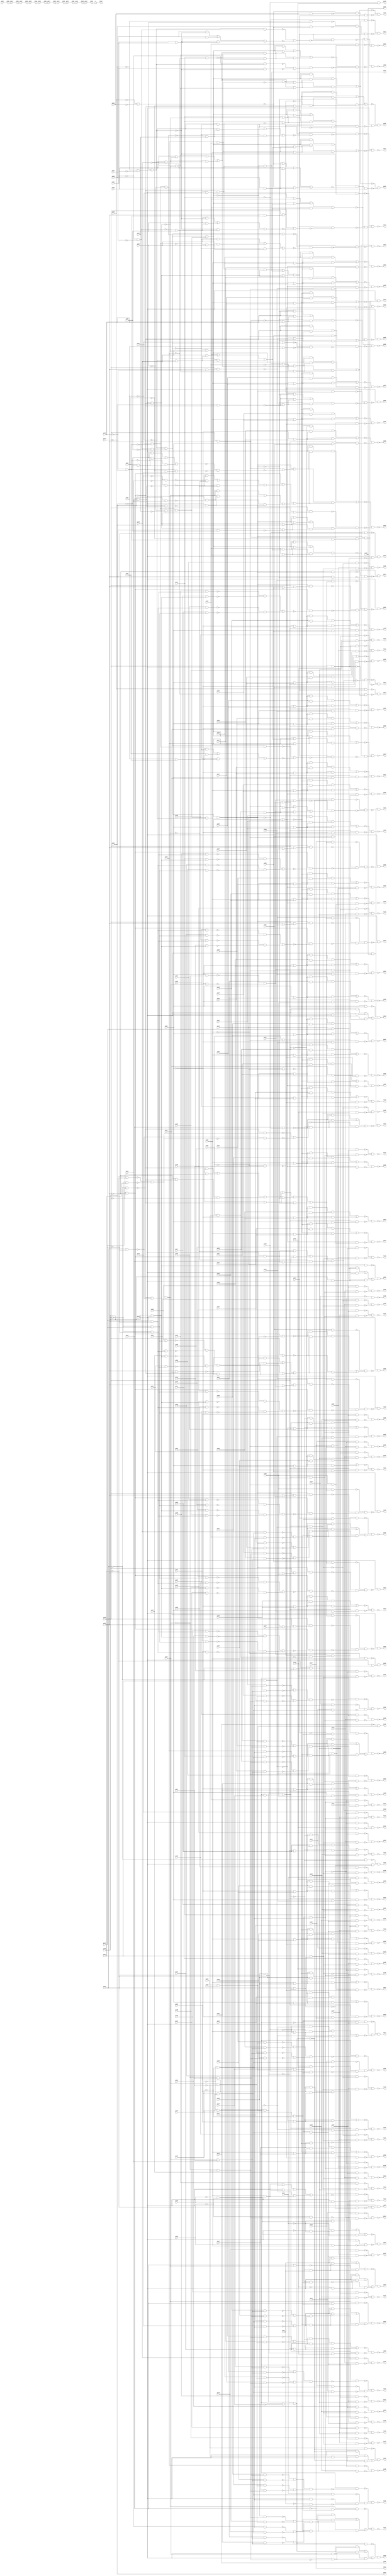
//Written by the Majority Logic Package Thu Apr 30 13:27:53 2015
module top (
            pi000, pi001, pi002, pi003, pi004, pi005, pi006, pi007, pi008, pi009, pi010, pi011, pi012, pi013, pi014, pi015, pi016, pi017, pi018, pi019, pi020, pi021, pi022, pi023, pi024, pi025, pi026, pi027, pi028, pi029, pi030, pi031, pi032, pi033, pi034, pi035, pi036, pi037, pi038, pi039, pi040, pi041, pi042, pi043, pi044, pi045, pi046, pi047, pi048, pi049, pi050, pi051, pi052, pi053, pi054, pi055, pi056, pi057, pi058, pi059, pi060, pi061, pi062, pi063, pi064, pi065, pi066, pi067, pi068, pi069, pi070, pi071, pi072, pi073, pi074, pi075, pi076, pi077, pi078, pi079, pi080, pi081, pi082, pi083, pi084, pi085, pi086, pi087, pi088, pi089, pi090, pi091, pi092, pi093, pi094, pi095, pi096, pi097, pi098, pi099, pi100, pi101, pi102, pi103, pi104, pi105, pi106, pi107, pi108, pi109, pi110, pi111, pi112, pi113, pi114, pi115, pi116, pi117, pi118, pi119, pi120, pi121, pi122, pi123, pi124, pi125, pi126, pi127, pi128, pi129, pi130, pi131, pi132, pi133, pi134, pi135, pi136, pi137, pi138, pi139, pi140, pi141, pi142, pi143, pi144, pi145, pi146, pi147, 
            po000, po001, po002, po003, po004, po005, po006, po007, po008, po009, po010, po011, po012, po013, po014, po015, po016, po017, po018, po019, po020, po021, po022, po023, po024, po025, po026, po027, po028, po029, po030, po031, po032, po033, po034, po035, po036, po037, po038, po039, po040, po041, po042, po043, po044, po045, po046, po047, po048, po049, po050, po051, po052, po053, po054, po055, po056, po057, po058, po059, po060, po061, po062, po063, po064, po065, po066, po067, po068, po069, po070, po071, po072, po073, po074, po075, po076, po077, po078, po079, po080, po081, po082, po083, po084, po085, po086, po087, po088, po089, po090, po091, po092, po093, po094, po095, po096, po097, po098, po099, po100, po101, po102, po103, po104, po105, po106, po107, po108, po109, po110, po111, po112, po113, po114, po115, po116, po117, po118, po119, po120, po121, po122, po123, po124, po125, po126, po127, po128, po129, po130, po131, po132, po133, po134, po135, po136, po137, po138, po139, po140, po141, po142, po143, po144, po145, po146);
input pi000, pi001, pi002, pi003, pi004, pi005, pi006, pi007, pi008, pi009, pi010, pi011, pi012, pi013, pi014, pi015, pi016, pi017, pi018, pi019, pi020, pi021, pi022, pi023, pi024, pi025, pi026, pi027, pi028, pi029, pi030, pi031, pi032, pi033, pi034, pi035, pi036, pi037, pi038, pi039, pi040, pi041, pi042, pi043, pi044, pi045, pi046, pi047, pi048, pi049, pi050, pi051, pi052, pi053, pi054, pi055, pi056, pi057, pi058, pi059, pi060, pi061, pi062, pi063, pi064, pi065, pi066, pi067, pi068, pi069, pi070, pi071, pi072, pi073, pi074, pi075, pi076, pi077, pi078, pi079, pi080, pi081, pi082, pi083, pi084, pi085, pi086, pi087, pi088, pi089, pi090, pi091, pi092, pi093, pi094, pi095, pi096, pi097, pi098, pi099, pi100, pi101, pi102, pi103, pi104, pi105, pi106, pi107, pi108, pi109, pi110, pi111, pi112, pi113, pi114, pi115, pi116, pi117, pi118, pi119, pi120, pi121, pi122, pi123, pi124, pi125, pi126, pi127, pi128, pi129, pi130, pi131, pi132, pi133, pi134, pi135, pi136, pi137, pi138, pi139, pi140, pi141, pi142, pi143, pi144, pi145, pi146, pi147;
output po000, po001, po002, po003, po004, po005, po006, po007, po008, po009, po010, po011, po012, po013, po014, po015, po016, po017, po018, po019, po020, po021, po022, po023, po024, po025, po026, po027, po028, po029, po030, po031, po032, po033, po034, po035, po036, po037, po038, po039, po040, po041, po042, po043, po044, po045, po046, po047, po048, po049, po050, po051, po052, po053, po054, po055, po056, po057, po058, po059, po060, po061, po062, po063, po064, po065, po066, po067, po068, po069, po070, po071, po072, po073, po074, po075, po076, po077, po078, po079, po080, po081, po082, po083, po084, po085, po086, po087, po088, po089, po090, po091, po092, po093, po094, po095, po096, po097, po098, po099, po100, po101, po102, po103, po104, po105, po106, po107, po108, po109, po110, po111, po112, po113, po114, po115, po116, po117, po118, po119, po120, po121, po122, po123, po124, po125, po126, po127, po128, po129, po130, po131, po132, po133, po134, po135, po136, po137, po138, po139, po140, po141, po142, po143, po144, po145, po146;
wire one, w0, w1, w2, w3, w4, w5, w6, w7, w8, w9, w10, w11, w12, w13, w14, w15, w16, w17, w18, w19, w20, w21, w22, w23, w24, w25, w26, w27, w28, w29, w30, w31, w32, w33, w34, w35, w36, w37, w38, w39, w40, w41, w42, w43, w44, w45, w46, w47, w48, w49, w50, w51, w52, w53, w54, w55, w56, w57, w58, w59, w60, w61, w62, w63, w64, w65, w66, w67, w68, w69, w70, w71, w72, w73, w74, w75, w76, w77, w78, w79, w80, w81, w82, w83, w84, w85, w86, w87, w88, w89, w90, w91, w92, w93, w94, w95, w96, w97, w98, w99, w100, w101, w102, w103, w104, w105, w106, w107, w108, w109, w110, w111, w112, w113, w114, w115, w116, w117, w118, w119, w120, w121, w122, w123, w124, w125, w126, w127, w128, w129, w130, w131, w132, w133, w134, w135, w136, w137, w138, w139, w140, w141, w142, w143, w144, w145, w146, w147, w148, w149, w150, w151, w152, w153, w154, w155, w156, w157, w158, w159, w160, w161, w162, w163, w164, w165, w166, w167, w168, w169, w170, w171, w172, w173, w174, w175, w176, w177, w178, w179, w180, w181, w182, w183, w184, w185, w186, w187, w188, w189, w190, w191, w192, w193, w194, w195, w196, w197, w198, w199, w200, w201, w202, w203, w204, w205, w206, w207, w208, w209, w210, w211, w212, w213, w214, w215, w216, w217, w218, w219, w220, w221, w222, w223, w224, w225, w226, w227, w228, w229, w230, w231, w232, w233, w234, w235, w236, w237, w238, w239, w240, w241, w242, w243, w244, w245, w246, w247, w248, w249, w250, w251, w252, w253, w254, w255, w256, w257, w258, w259, w260, w261, w262, w263, w264, w265, w266, w267, w268, w269, w270, w271, w272, w273, w274, w275, w276, w277, w278, w279, w280, w281, w282, w283, w284, w285, w286, w287, w288, w289, w290, w291, w292, w293, w294, w295, w296, w297, w298, w299, w300, w301, w302, w303, w304, w305, w306, w307, w308, w309, w310, w311, w312, w313, w314, w315, w316, w317, w318, w319, w320, w321, w322, w323, w324, w325, w326, w327, w328, w329, w330, w331, w332, w333, w334, w335, w336, w337, w338, w339, w340, w341, w342, w343, w344, w345, w346, w347, w348, w349, w350, w351, w352, w353, w354, w355, w356, w357, w358, w359, w360, w361, w362, w363, w364, w365, w366, w367, w368, w369, w370, w371, w372, w373, w374, w375, w376, w377, w378, w379, w380, w381, w382, w383, w384, w385, w386, w387, w388, w389, w390, w391, w392, w393, w394, w395, w396, w397, w398, w399, w400, w401, w402, w403, w404, w405, w406, w407, w408, w409, w410, w411, w412, w413, w414, w415, w416, w417, w418, w419, w420, w421, w422, w423, w424, w425, w426, w427, w428, w429, w430, w431, w432, w433, w434, w435, w436, w437, w438, w439, w440, w441, w442, w443, w444, w445, w446, w447, w448, w449, w450, w451, w452, w453, w454, w455, w456, w457, w458, w459, w460, w461, w462, w463, w464, w465, w466, w467, w468, w469, w470, w471, w472, w473, w474, w475, w476, w477, w478, w479, w480, w481, w482, w483, w484, w485, w486, w487, w488, w489, w490, w491, w492, w493, w494, w495, w496, w497, w498, w499, w500, w501, w502, w503, w504, w505, w506, w507, w508, w509, w510, w511, w512, w513, w514, w515, w516, w517, w518, w519, w520, w521, w522, w523, w524, w525, w526, w527, w528, w529, w530, w531, w532, w533, w534, w535, w536, w537, w538, w539, w540, w541, w542, w543, w544, w545, w546, w547, w548, w549, w550, w551, w552, w553, w554, w555, w556, w557, w558, w559, w560, w561, w562, w563, w564, w565, w566, w567, w568, w569, w570, w571, w572, w573, w574, w575, w576, w577, w578, w579, w580, w581, w582, w583, w584, w585, w586, w587, w588, w589, w590, w591, w592, w593, w594, w595, w596, w597, w598, w599, w600, w601, w602, w603, w604, w605, w606, w607, w608, w609, w610, w611, w612, w613, w614, w615, w616, w617, w618, w619, w620, w621, w622, w623, w624, w625, w626, w627, w628, w629, w630, w631, w632, w633, w634, w635, w636, w637, w638, w639, w640, w641, w642, w643, w644, w645, w646, w647, w648, w649, w650, w651, w652, w653, w654, w655, w656, w657, w658, w659, w660, w661, w662, w663, w664, w665, w666, w667, w668, w669, w670, w671, w672, w673, w674, w675, w676, w677, w678, w679, w680, w681, w682, w683, w684, w685, w686, w687, w688, w689, w690, w691, w692, w693, w694, w695, w696, w697, w698, w699, w700, w701, w702, w703, w704, w705, w706, w707, w708, w709, w710, w711, w712, w713, w714, w715, w716, w717, w718, w719, w720, w721, w722, w723, w724, w725, w726, w727, w728, w729, w730, w731, w732, w733, w734, w735, w736, w737, w738, w739, w740, w741, w742, w743, w744, w745, w746, w747, w748, w749, w750, w751, w752, w753, w754, w755, w756, w757, w758, w759, w760, w761, w762, w763, w764, w765, w766, w767, w768, w769, w770, w771, w772, w773, w774, w775, w776, w777, w778, w779, w780, w781, w782, w783, w784, w785, w786, w787, w788, w789, w790, w791, w792, w793, w794, w795, w796, w797, w798, w799, w800, w801, w802, w803, w804, w805, w806, w807, w808, w809, w810, w811, w812, w813, w814, w815, w816, w817, w818, w819, w820, w821, w822, w823, w824, w825, w826, w827, w828, w829, w830, w831, w832, w833, w834, w835, w836;
assign w0 = ~pi000 & ~pi002;
assign w1 = (pi128 & ~w0) | (pi128 & w745) | (~w0 & w745);
assign w2 = pi120 & ~w1;
assign w3 = ~pi002 & ~pi063;
assign w4 = pi128 & ~w3;
assign w5 = ~w3 & w746;
assign w6 = ~w2 & ~w5;
assign w7 = pi128 & pi133;
assign w8 = ~pi138 & pi139;
assign w9 = pi134 & pi135;
assign w10 = pi130 & w9;
assign w11 = w10 & w722;
assign w12 = pi001 & ~w11;
assign w13 = pi004 & ~pi075;
assign w14 = ~pi004 & pi075;
assign w15 = ~w13 & ~w14;
assign w16 = ~pi005 & pi077;
assign w17 = w15 & ~w16;
assign w18 = pi005 & ~pi077;
assign w19 = (~pi063 & w15) | (~pi063 & w747) | (w15 & w747);
assign w20 = ~w17 & w19;
assign w21 = ~w12 & ~w20;
assign w22 = w7 & ~w21;
assign w23 = (~pi119 & w0) | (~pi119 & w748) | (w0 & w748);
assign w24 = pi002 & pi063;
assign w25 = w4 & ~w24;
assign w26 = ~w23 & ~w25;
assign w27 = pi136 & w9;
assign w28 = pi138 & ~pi139;
assign w29 = w27 & w28;
assign w30 = w27 & w749;
assign w31 = (~pi003 & ~w0) | (~pi003 & w750) | (~w0 & w750);
assign w32 = pi128 & ~w31;
assign w33 = ~w30 & w32;
assign w34 = pi005 & ~pi063;
assign w35 = pi004 & w34;
assign w36 = (pi128 & w34) | (pi128 & w751) | (w34 & w751);
assign w37 = ~w35 & w36;
assign w38 = ~pi005 & pi063;
assign w39 = pi128 & ~w34;
assign w40 = ~w38 & w39;
assign w41 = (pi006 & ~w34) | (pi006 & w752) | (~w34 & w752);
assign w42 = w34 & w753;
assign w43 = ~w41 & ~w42;
assign w44 = (pi007 & ~w34) | (pi007 & w754) | (~w34 & w754);
assign w45 = w34 & w755;
assign w46 = ~w44 & ~w45;
assign w47 = (pi008 & ~w34) | (pi008 & w756) | (~w34 & w756);
assign w48 = w34 & w757;
assign w49 = ~w47 & ~w48;
assign w50 = (pi009 & ~w34) | (pi009 & w758) | (~w34 & w758);
assign w51 = w34 & w759;
assign w52 = ~w50 & ~w51;
assign w53 = (pi010 & ~w34) | (pi010 & w760) | (~w34 & w760);
assign w54 = w34 & w761;
assign w55 = ~w53 & ~w54;
assign w56 = pi004 & ~pi005;
assign w57 = (pi011 & ~w56) | (pi011 & w762) | (~w56 & w762);
assign w58 = pi050 & ~pi063;
assign w59 = w56 & w58;
assign w60 = ~w57 & ~w59;
assign w61 = (pi012 & ~w56) | (pi012 & w763) | (~w56 & w763);
assign w62 = pi051 & ~pi063;
assign w63 = w56 & w62;
assign w64 = ~w61 & ~w63;
assign w65 = (pi013 & ~w56) | (pi013 & w764) | (~w56 & w764);
assign w66 = pi045 & ~pi063;
assign w67 = w56 & w66;
assign w68 = ~w65 & ~w67;
assign w69 = (pi014 & ~w56) | (pi014 & w765) | (~w56 & w765);
assign w70 = pi046 & ~pi063;
assign w71 = w56 & w70;
assign w72 = ~w69 & ~w71;
assign w73 = (pi015 & ~w56) | (pi015 & w766) | (~w56 & w766);
assign w74 = pi047 & ~pi063;
assign w75 = w56 & w74;
assign w76 = ~w73 & ~w75;
assign w77 = (pi016 & ~w56) | (pi016 & w767) | (~w56 & w767);
assign w78 = pi048 & ~pi063;
assign w79 = w56 & w78;
assign w80 = ~w77 & ~w79;
assign w81 = (pi017 & ~w56) | (pi017 & w768) | (~w56 & w768);
assign w82 = pi049 & ~pi063;
assign w83 = w56 & w82;
assign w84 = ~w81 & ~w83;
assign w85 = (pi018 & ~w56) | (pi018 & w769) | (~w56 & w769);
assign w86 = pi043 & ~pi063;
assign w87 = w56 & w86;
assign w88 = ~w85 & ~w87;
assign w89 = (pi019 & ~w34) | (pi019 & w770) | (~w34 & w770);
assign w90 = w34 & w771;
assign w91 = ~w89 & ~w90;
assign w92 = (pi020 & ~w34) | (pi020 & w772) | (~w34 & w772);
assign w93 = w34 & w773;
assign w94 = ~w92 & ~w93;
assign w95 = (pi021 & ~w34) | (pi021 & w774) | (~w34 & w774);
assign w96 = w34 & w775;
assign w97 = ~w95 & ~w96;
assign w98 = (pi022 & ~w34) | (pi022 & w776) | (~w34 & w776);
assign w99 = w34 & w777;
assign w100 = ~w98 & ~w99;
assign w101 = (pi023 & ~w34) | (pi023 & w778) | (~w34 & w778);
assign w102 = w34 & w779;
assign w103 = ~w101 & ~w102;
assign w104 = (pi024 & ~w34) | (pi024 & w780) | (~w34 & w780);
assign w105 = w34 & w781;
assign w106 = ~w104 & ~w105;
assign w107 = (pi025 & ~w34) | (pi025 & w782) | (~w34 & w782);
assign w108 = w34 & w783;
assign w109 = ~w107 & ~w108;
assign w110 = (pi026 & ~w34) | (pi026 & w784) | (~w34 & w784);
assign w111 = w34 & w785;
assign w112 = ~w110 & ~w111;
assign w113 = (pi027 & ~w34) | (pi027 & w786) | (~w34 & w786);
assign w114 = w34 & w787;
assign w115 = ~w113 & ~w114;
assign w116 = (pi028 & ~w34) | (pi028 & w788) | (~w34 & w788);
assign w117 = w34 & w789;
assign w118 = ~w116 & ~w117;
assign w119 = (pi029 & ~w34) | (pi029 & w790) | (~w34 & w790);
assign w120 = w34 & w791;
assign w121 = ~w119 & ~w120;
assign w122 = ~pi004 & ~pi005;
assign w123 = (pi030 & ~w122) | (pi030 & w792) | (~w122 & w792);
assign w124 = w58 & w122;
assign w125 = ~w123 & ~w124;
assign w126 = (pi031 & ~w122) | (pi031 & w793) | (~w122 & w793);
assign w127 = w62 & w122;
assign w128 = ~w126 & ~w127;
assign w129 = (pi032 & ~w122) | (pi032 & w794) | (~w122 & w794);
assign w130 = w70 & w122;
assign w131 = ~w129 & ~w130;
assign w132 = (pi033 & ~w122) | (pi033 & w795) | (~w122 & w795);
assign w133 = w74 & w122;
assign w134 = ~w132 & ~w133;
assign w135 = (pi034 & ~w122) | (pi034 & w796) | (~w122 & w796);
assign w136 = w78 & w122;
assign w137 = ~w135 & ~w136;
assign w138 = (pi035 & ~w122) | (pi035 & w797) | (~w122 & w797);
assign w139 = w86 & w122;
assign w140 = ~w138 & ~w139;
assign w141 = (pi036 & ~w122) | (pi036 & w798) | (~w122 & w798);
assign w142 = w66 & w122;
assign w143 = ~w141 & ~w142;
assign w144 = (pi037 & ~w122) | (pi037 & w799) | (~w122 & w799);
assign w145 = w82 & w122;
assign w146 = ~w144 & ~w145;
assign w147 = ~pi059 & ~pi060;
assign w148 = ~pi058 & w147;
assign w149 = w147 & w670;
assign w150 = ~pi054 & w149;
assign w151 = w149 & w671;
assign w152 = w149 & w672;
assign w153 = ~pi053 & w152;
assign w154 = w152 & w673;
assign w155 = w152 & w674;
assign w156 = w152 & w675;
assign w157 = w152 & w695;
assign w158 = pi039 & w157;
assign w159 = ~pi040 & ~pi044;
assign w160 = ~pi041 & w159;
assign w161 = (~pi038 & ~w159) | (~pi038 & w800) | (~w159 & w800);
assign w162 = w159 & w801;
assign w163 = ~w161 & ~w162;
assign w164 = w157 & w802;
assign w165 = pi083 & ~pi129;
assign w166 = ~pi083 & pi129;
assign w167 = pi076 & ~pi082;
assign w168 = ~pi076 & pi082;
assign w169 = ~w167 & ~w168;
assign w170 = ~w166 & w169;
assign w171 = w169 & w676;
assign w172 = ~pi039 & ~pi062;
assign w173 = w172 & w835;
assign w174 = (pi128 & w164) | (pi128 & w678) | (w164 & w678);
assign w175 = w157 & w723;
assign w176 = pi128 & ~w172;
assign w177 = ~pi062 & w157;
assign w178 = (w157 & w724) | (w157 & w725) | (w724 & w725);
assign w179 = ~w175 & w178;
assign w180 = ~w174 & ~w179;
assign w181 = pi039 & pi128;
assign w182 = pi128 & w172;
assign w183 = (w182 & ~w171) | (w182 & w803) | (~w171 & w803);
assign w184 = ~w181 & ~w183;
assign w185 = w157 & w804;
assign w186 = ~w184 & ~w185;
assign w187 = (pi040 & ~w157) | (pi040 & w726) | (~w157 & w726);
assign w188 = (~w172 & ~w157) | (~w172 & w727) | (~w157 & w727);
assign w189 = ~w187 & w188;
assign w190 = pi128 & ~w189;
assign w191 = w157 & w703;
assign w192 = ~pi041 & ~w172;
assign w193 = (w192 & ~w157) | (w192 & w805) | (~w157 & w805);
assign w194 = w157 & w728;
assign w195 = pi128 & ~w194;
assign w196 = ~w193 & w195;
assign w197 = (w374 & w176) | (w374 & ~w156) | (w176 & ~w156);
assign w198 = (w156 & w704) | (w156 & w705) | (w704 & w705);
assign w199 = (w156 & w806) | (w156 & w807) | (w806 & w807);
assign w200 = (w156 & w729) | (w156 & w730) | (w729 & w730);
assign w201 = (pi042 & ~w152) | (pi042 & w706) | (~w152 & w706);
assign w202 = ~w154 & ~w201;
assign w203 = w197 & ~w202;
assign w204 = ~w200 & ~w203;
assign w205 = ~w199 & w204;
assign w206 = pi043 & w836;
assign w207 = w157 & w709;
assign w208 = ~pi076 & ~pi129;
assign w209 = pi099 & w208;
assign w210 = pi076 & pi129;
assign w211 = pi111 & w210;
assign w212 = ~w209 & ~w211;
assign w213 = pi076 & ~pi129;
assign w214 = pi095 & w213;
assign w215 = ~pi076 & pi129;
assign w216 = pi089 & w215;
assign w217 = ~w214 & ~w216;
assign w218 = w212 & w217;
assign w219 = w172 & ~w218;
assign w220 = ~w207 & ~w219;
assign w221 = ~w206 & w220;
assign w222 = pi128 & ~w221;
assign w223 = ~pi044 & ~w172;
assign w224 = (~w223 & ~w157) | (~w223 & w731) | (~w157 & w731);
assign w225 = ~w191 & ~w224;
assign w226 = pi128 & ~w225;
assign w227 = pi045 & w836;
assign w228 = w157 & w710;
assign w229 = pi091 & w213;
assign w230 = pi086 & w215;
assign w231 = ~w229 & ~w230;
assign w232 = pi107 & w210;
assign w233 = pi102 & w208;
assign w234 = ~w232 & ~w233;
assign w235 = w231 & w234;
assign w236 = w172 & ~w235;
assign w237 = ~w228 & ~w236;
assign w238 = ~w227 & w237;
assign w239 = pi128 & ~w238;
assign w240 = pi046 & w836;
assign w241 = w157 & w711;
assign w242 = pi087 & w215;
assign w243 = pi092 & w213;
assign w244 = ~w242 & ~w243;
assign w245 = pi108 & w210;
assign w246 = pi103 & w208;
assign w247 = ~w245 & ~w246;
assign w248 = w244 & w247;
assign w249 = w172 & ~w248;
assign w250 = ~w241 & ~w249;
assign w251 = ~w240 & w250;
assign w252 = pi128 & ~w251;
assign w253 = pi047 & w836;
assign w254 = w157 & w712;
assign w255 = pi096 & w208;
assign w256 = pi097 & w210;
assign w257 = ~w255 & ~w256;
assign w258 = pi078 & w213;
assign w259 = pi081 & w215;
assign w260 = ~w258 & ~w259;
assign w261 = w257 & w260;
assign w262 = w172 & ~w261;
assign w263 = ~w254 & ~w262;
assign w264 = ~w253 & w263;
assign w265 = pi128 & ~w264;
assign w266 = pi048 & w836;
assign w267 = w157 & w713;
assign w268 = pi105 & w208;
assign w269 = pi109 & w210;
assign w270 = ~w268 & ~w269;
assign w271 = pi093 & w213;
assign w272 = pi088 & w215;
assign w273 = ~w271 & ~w272;
assign w274 = w270 & w273;
assign w275 = w172 & ~w274;
assign w276 = ~w267 & ~w275;
assign w277 = ~w266 & w276;
assign w278 = pi128 & ~w277;
assign w279 = pi049 & w836;
assign w280 = w157 & w714;
assign w281 = pi094 & w213;
assign w282 = pi079 & w215;
assign w283 = ~w281 & ~w282;
assign w284 = pi104 & w208;
assign w285 = pi110 & w210;
assign w286 = ~w284 & ~w285;
assign w287 = w283 & w286;
assign w288 = w172 & ~w287;
assign w289 = ~w280 & ~w288;
assign w290 = ~w279 & w289;
assign w291 = pi128 & ~w290;
assign w292 = pi050 & w836;
assign w293 = w157 & w715;
assign w294 = pi100 & w208;
assign w295 = pi098 & w210;
assign w296 = ~w294 & ~w295;
assign w297 = pi084 & w215;
assign w298 = pi080 & w213;
assign w299 = ~w297 & ~w298;
assign w300 = w296 & w299;
assign w301 = w172 & ~w300;
assign w302 = ~w293 & ~w301;
assign w303 = ~w292 & w302;
assign w304 = pi128 & ~w303;
assign w305 = pi051 & w836;
assign w306 = pi085 & w215;
assign w307 = pi090 & w213;
assign w308 = ~w306 & ~w307;
assign w309 = pi106 & w210;
assign w310 = pi101 & w208;
assign w311 = ~w309 & ~w310;
assign w312 = w308 & w311;
assign w313 = w172 & ~w312;
assign w314 = (~w313 & ~w158) | (~w313 & w690) | (~w158 & w690);
assign w315 = ~w305 & w314;
assign w316 = pi128 & ~w315;
assign w317 = (pi052 & ~w152) | (pi052 & w732) | (~w152 & w732);
assign w318 = ~w156 & ~w317;
assign w319 = w197 & ~w318;
assign w320 = pi123 & pi126;
assign w321 = (w156 & w808) | (w156 & w809) | (w808 & w809);
assign w322 = ~w319 & ~w321;
assign w323 = pi053 & ~w152;
assign w324 = ~w153 & ~w323;
assign w325 = w197 & ~w324;
assign w326 = ~w198 & ~w325;
assign w327 = (w156 & w733) | (w156 & w734) | (w733 & w734);
assign w328 = pi126 & w327;
assign w329 = pi114 & ~pi123;
assign w330 = (w156 & w735) | (w156 & w736) | (w735 & w736);
assign w331 = pi054 & ~w149;
assign w332 = ~w150 & ~w331;
assign w333 = w197 & w332;
assign w334 = ~w330 & ~w333;
assign w335 = ~w328 & ~w334;
assign w336 = (w156 & w737) | (w156 & w738) | (w737 & w738);
assign w337 = (pi055 & ~w147) | (pi055 & w810) | (~w147 & w810);
assign w338 = ~w149 & ~w337;
assign w339 = w338 & w197;
assign w340 = ~w336 & ~w339;
assign w341 = w320 & w327;
assign w342 = (pi056 & ~w149) | (pi056 & w739) | (~w149 & w739);
assign w343 = ~w152 & ~w342;
assign w344 = w197 & ~w343;
assign w345 = ~w198 & ~w344;
assign w346 = ~w341 & w345;
assign w347 = (pi057 & ~w152) | (pi057 & w740) | (~w152 & w740);
assign w348 = ~w155 & ~w347;
assign w349 = w197 & ~w348;
assign w350 = ~w200 & ~w349;
assign w351 = ~pi114 & w336;
assign w352 = pi058 & ~w147;
assign w353 = ~w148 & ~w352;
assign w354 = w353 & w197;
assign w355 = ~w351 & ~w354;
assign w356 = pi059 & w197;
assign w357 = ~pi114 & ~pi126;
assign w358 = (w156 & w741) | (w156 & w742) | (w741 & w742);
assign w359 = ~pi123 & w358;
assign w360 = ~w356 & ~w359;
assign w361 = pi059 & pi060;
assign w362 = ~w147 & ~w361;
assign w363 = w362 & w197;
assign w364 = ~w358 & ~w363;
assign w365 = (pi061 & ~w149) | (pi061 & w743) | (~w149 & w743);
assign w366 = ~w151 & ~w365;
assign w367 = w197 & ~w366;
assign w368 = ~w198 & ~w367;
assign w369 = ~w328 & w368;
assign w370 = pi062 & ~w157;
assign w371 = ~w177 & ~w370;
assign w372 = w181 & ~w371;
assign w373 = pi128 & w185;
assign w374 = ~w172 & w811;
assign w375 = ~w156 & w374;
assign w376 = ~pi075 & pi077;
assign w377 = pi009 & w376;
assign w378 = pi075 & pi077;
assign w379 = pi028 & w378;
assign w380 = ~w377 & ~w379;
assign w381 = pi075 & ~pi077;
assign w382 = pi017 & w381;
assign w383 = ~pi075 & ~pi077;
assign w384 = pi037 & w383;
assign w385 = ~w382 & ~w384;
assign w386 = w380 & w385;
assign w387 = w8 & ~w386;
assign w388 = pi138 & pi139;
assign w389 = pi119 & w388;
assign w390 = ~pi138 & ~pi139;
assign w391 = pi128 & w390;
assign w392 = ~pi072 & w28;
assign w393 = ~w391 & ~w392;
assign w394 = ~w389 & w393;
assign w395 = ~w387 & w394;
assign w396 = pi066 & ~pi113;
assign w397 = w10 & w744;
assign w398 = ~w165 & ~w169;
assign w399 = ~w170 & ~w398;
assign w400 = (~w396 & ~w399) | (~w396 & w812) | (~w399 & w812);
assign w401 = w7 & ~w400;
assign w402 = pi066 & w171;
assign w403 = w171 & w813;
assign w404 = pi025 & w378;
assign w405 = pi006 & w376;
assign w406 = ~w404 & ~w405;
assign w407 = pi032 & w383;
assign w408 = pi014 & w381;
assign w409 = ~w407 & ~w408;
assign w410 = w406 & w409;
assign w411 = pi117 & w388;
assign w412 = pi127 & w390;
assign w413 = ~w411 & ~w412;
assign w414 = (w413 & w410) | (w413 & w814) | (w410 & w814);
assign w415 = ~w403 & w414;
assign w416 = w171 & w815;
assign w417 = pi036 & w383;
assign w418 = pi013 & w381;
assign w419 = ~w417 & ~w418;
assign w420 = pi021 & w376;
assign w421 = pi024 & w378;
assign w422 = ~w420 & ~w421;
assign w423 = w419 & w422;
assign w424 = pi124 & w390;
assign w425 = pi116 & w388;
assign w426 = ~w424 & ~w425;
assign w427 = (w426 & w423) | (w426 & w816) | (w423 & w816);
assign w428 = ~w416 & w427;
assign w429 = w15 & w817;
assign w430 = pi001 & w28;
assign w431 = w429 & w430;
assign w432 = pi012 & w381;
assign w433 = pi020 & w376;
assign w434 = ~w432 & ~w433;
assign w435 = pi031 & w383;
assign w436 = pi023 & w378;
assign w437 = ~w435 & ~w436;
assign w438 = w434 & w437;
assign w439 = pi115 & w388;
assign w440 = pi126 & w390;
assign w441 = ~w439 & ~w440;
assign w442 = (w441 & w438) | (w441 & w818) | (w438 & w818);
assign w443 = ~w431 & w442;
assign w444 = pi008 & w376;
assign w445 = pi027 & w378;
assign w446 = ~w444 & ~w445;
assign w447 = pi016 & w381;
assign w448 = pi034 & w383;
assign w449 = ~w447 & ~w448;
assign w450 = w446 & w449;
assign w451 = w8 & ~w450;
assign w452 = pi122 & w390;
assign w453 = pi112 & w388;
assign w454 = ~w452 & ~w453;
assign w455 = ~w451 & w454;
assign w456 = ~pi001 & w28;
assign w457 = w429 & w456;
assign w458 = pi011 & w381;
assign w459 = pi019 & w376;
assign w460 = ~w458 & ~w459;
assign w461 = pi030 & w383;
assign w462 = pi022 & w378;
assign w463 = ~w461 & ~w462;
assign w464 = w460 & w463;
assign w465 = pi123 & w390;
assign w466 = pi114 & w388;
assign w467 = ~w465 & ~w466;
assign w468 = (w467 & w464) | (w467 & w819) | (w464 & w819);
assign w469 = ~w457 & w468;
assign w470 = (pi072 & ~w402) | (pi072 & w820) | (~w402 & w820);
assign w471 = (pi128 & ~w29) | (pi128 & w821) | (~w29 & w821);
assign w472 = ~w470 & w471;
assign w473 = pi018 & w381;
assign w474 = pi029 & w378;
assign w475 = ~w473 & ~w474;
assign w476 = pi010 & w376;
assign w477 = pi035 & w383;
assign w478 = ~w476 & ~w477;
assign w479 = w475 & w478;
assign w480 = w8 & ~w479;
assign w481 = pi120 & w388;
assign w482 = pi121 & w390;
assign w483 = pi003 & w28;
assign w484 = ~w482 & ~w483;
assign w485 = ~w481 & w484;
assign w486 = ~w480 & w485;
assign w487 = pi007 & w376;
assign w488 = pi026 & w378;
assign w489 = ~w487 & ~w488;
assign w490 = pi015 & w381;
assign w491 = pi033 & w383;
assign w492 = ~w490 & ~w491;
assign w493 = w489 & w492;
assign w494 = w8 & ~w493;
assign w495 = pi125 & w390;
assign w496 = pi118 & w388;
assign w497 = ~w495 & ~w496;
assign w498 = ~w494 & w497;
assign w499 = w11 & w378;
assign w500 = (w11 & w822) | (w11 & w823) | (w822 & w823);
assign w501 = ~w499 & w500;
assign w502 = pi113 & w210;
assign w503 = pi113 & pi129;
assign w504 = (pi128 & w503) | (pi128 & w824) | (w503 & w824);
assign w505 = ~w502 & w504;
assign w506 = ~pi077 & ~w11;
assign w507 = (pi128 & ~w11) | (pi128 & w825) | (~w11 & w825);
assign w508 = ~w506 & w507;
assign w509 = ~pi083 & w397;
assign w510 = w397 & w826;
assign w511 = (pi078 & ~w397) | (pi078 & w827) | (~w397 & w827);
assign w512 = w397 & w828;
assign w513 = ~w511 & ~w512;
assign w514 = pi083 & w397;
assign w515 = w397 & w829;
assign w516 = (pi079 & ~w397) | (pi079 & w830) | (~w397 & w830);
assign w517 = w397 & w831;
assign w518 = ~w516 & ~w517;
assign w519 = (pi080 & ~w397) | (pi080 & w832) | (~w397 & w832);
assign w520 = w397 & w833;
assign w521 = ~w519 & ~w520;
assign w522 = (pi081 & ~w397) | (pi081 & w834) | (~w397 & w834);
assign w523 = pi144 & w515;
assign w524 = ~w522 & ~w523;
assign w525 = pi082 & w514;
assign w526 = ~pi082 & ~w514;
assign w527 = pi128 & ~w526;
assign w528 = ~w525 & w527;
assign w529 = ~pi083 & ~w397;
assign w530 = pi128 & ~w514;
assign w531 = ~w529 & w530;
assign w532 = pi084 & ~w515;
assign w533 = pi140 & w515;
assign w534 = ~w532 & ~w533;
assign w535 = pi085 & ~w515;
assign w536 = pi141 & w515;
assign w537 = ~w535 & ~w536;
assign w538 = pi086 & ~w515;
assign w539 = pi142 & w515;
assign w540 = ~w538 & ~w539;
assign w541 = pi087 & ~w515;
assign w542 = pi143 & w515;
assign w543 = ~w541 & ~w542;
assign w544 = pi088 & ~w515;
assign w545 = pi145 & w515;
assign w546 = ~w544 & ~w545;
assign w547 = pi089 & ~w515;
assign w548 = pi147 & w515;
assign w549 = ~w547 & ~w548;
assign w550 = pi090 & ~w510;
assign w551 = pi141 & w510;
assign w552 = ~w550 & ~w551;
assign w553 = pi091 & ~w510;
assign w554 = pi142 & w510;
assign w555 = ~w553 & ~w554;
assign w556 = pi092 & ~w510;
assign w557 = pi143 & w510;
assign w558 = ~w556 & ~w557;
assign w559 = pi093 & ~w510;
assign w560 = pi145 & w510;
assign w561 = ~w559 & ~w560;
assign w562 = pi094 & ~w510;
assign w563 = pi146 & w510;
assign w564 = ~w562 & ~w563;
assign w565 = pi095 & ~w510;
assign w566 = pi147 & w510;
assign w567 = ~w565 & ~w566;
assign w568 = ~pi082 & w509;
assign w569 = pi096 & ~w568;
assign w570 = pi144 & w568;
assign w571 = ~w569 & ~w570;
assign w572 = pi097 & ~w525;
assign w573 = pi144 & w525;
assign w574 = ~w572 & ~w573;
assign w575 = pi098 & ~w525;
assign w576 = pi140 & w525;
assign w577 = ~w575 & ~w576;
assign w578 = pi099 & ~w568;
assign w579 = pi147 & w568;
assign w580 = ~w578 & ~w579;
assign w581 = pi100 & ~w568;
assign w582 = pi140 & w568;
assign w583 = ~w581 & ~w582;
assign w584 = pi101 & ~w568;
assign w585 = pi141 & w568;
assign w586 = ~w584 & ~w585;
assign w587 = pi102 & ~w568;
assign w588 = pi142 & w568;
assign w589 = ~w587 & ~w588;
assign w590 = pi103 & ~w568;
assign w591 = pi143 & w568;
assign w592 = ~w590 & ~w591;
assign w593 = pi104 & ~w568;
assign w594 = pi146 & w568;
assign w595 = ~w593 & ~w594;
assign w596 = pi105 & ~w568;
assign w597 = pi145 & w568;
assign w598 = ~w596 & ~w597;
assign w599 = pi106 & ~w525;
assign w600 = pi141 & w525;
assign w601 = ~w599 & ~w600;
assign w602 = pi107 & ~w525;
assign w603 = pi142 & w525;
assign w604 = ~w602 & ~w603;
assign w605 = pi108 & ~w525;
assign w606 = pi143 & w525;
assign w607 = ~w605 & ~w606;
assign w608 = pi109 & ~w525;
assign w609 = pi145 & w525;
assign w610 = ~w608 & ~w609;
assign w611 = pi110 & ~w525;
assign w612 = pi146 & w525;
assign w613 = ~w611 & ~w612;
assign w614 = pi111 & ~w525;
assign w615 = pi147 & w525;
assign w616 = ~w614 & ~w615;
assign w617 = w27 & w388;
assign w618 = pi112 & ~w617;
assign w619 = pi145 & w617;
assign w620 = ~w618 & ~w619;
assign w621 = pi114 & ~w617;
assign w622 = pi140 & w617;
assign w623 = ~w621 & ~w622;
assign w624 = pi115 & ~w617;
assign w625 = pi141 & w617;
assign w626 = ~w624 & ~w625;
assign w627 = pi116 & ~w617;
assign w628 = pi142 & w617;
assign w629 = ~w627 & ~w628;
assign w630 = pi117 & ~w617;
assign w631 = pi143 & w617;
assign w632 = ~w630 & ~w631;
assign w633 = pi118 & ~w617;
assign w634 = pi144 & w617;
assign w635 = ~w633 & ~w634;
assign w636 = pi119 & ~w617;
assign w637 = pi146 & w617;
assign w638 = ~w636 & ~w637;
assign w639 = pi120 & ~w617;
assign w640 = pi147 & w617;
assign w641 = ~w639 & ~w640;
assign w642 = w27 & w390;
assign w643 = pi121 & ~w642;
assign w644 = pi147 & w642;
assign w645 = ~w643 & ~w644;
assign w646 = pi122 & ~w642;
assign w647 = pi145 & w642;
assign w648 = ~w646 & ~w647;
assign w649 = pi123 & ~w642;
assign w650 = pi140 & w642;
assign w651 = ~w649 & ~w650;
assign w652 = pi124 & ~w642;
assign w653 = pi142 & w642;
assign w654 = ~w652 & ~w653;
assign w655 = ~pi125 & ~w642;
assign w656 = pi126 & ~w642;
assign w657 = pi141 & w642;
assign w658 = ~w656 & ~w657;
assign w659 = pi127 & ~w642;
assign w660 = pi143 & w642;
assign w661 = ~w659 & ~w660;
assign w662 = pi128 & ~w642;
assign w663 = pi146 & w642;
assign w664 = ~w662 & ~w663;
assign w665 = ~pi113 & ~pi129;
assign w666 = pi128 & ~w503;
assign w667 = ~w665 & w666;
assign w668 = ~pi130 & w9;
assign w669 = pi003 & pi121;
assign w670 = ~pi058 & ~pi055;
assign w671 = ~pi054 & ~pi061;
assign w672 = w671 & ~pi056;
assign w673 = ~pi053 & ~pi042;
assign w674 = w673 & ~pi057;
assign w675 = w673 & w693;
assign w676 = ~w166 & ~w165;
assign w677 = pi066 & pi124;
assign w678 = w173 & w694;
assign w679 = pi062 & ~pi040;
assign w680 = pi062 & w159;
assign w681 = ~pi062 & ~w172;
assign w682 = pi062 & pi049;
assign w683 = pi062 & pi051;
assign w684 = pi062 & pi045;
assign w685 = pi062 & pi046;
assign w686 = pi062 & pi047;
assign w687 = pi062 & pi048;
assign w688 = pi062 & pi137;
assign w689 = pi062 & pi050;
assign w690 = (~w689 & w312) | (~w689 & w717) | (w312 & w717);
assign w691 = ~pi115 & ~w176;
assign w692 = (~pi115 & ~w176) | (~pi115 & w718) | (~w176 & w718);
assign w693 = ~pi057 & ~pi052;
assign w694 = (w171 & w719) | (w171 & w720) | (w719 & w720);
assign w695 = w675 & ~pi064;
assign w696 = pi039 & pi062;
assign w697 = pi038 & pi124;
assign w698 = pi038 & w677;
assign w699 = ~pi127 & ~pi124;
assign w700 = ~pi127 & ~w677;
assign w701 = pi062 & ~pi038;
assign w702 = pi039 & w679;
assign w703 = pi039 & w680;
assign w704 = pi115 & ~w176;
assign w705 = (pi115 & ~w176) | (pi115 & w721) | (~w176 & w721);
assign w706 = pi053 & pi042;
assign w707 = w681 | ~w172;
assign w708 = (~w172 & w681) | (~w172 & ~pi039) | (w681 & ~pi039);
assign w709 = pi039 & w682;
assign w710 = pi039 & w683;
assign w711 = pi039 & w684;
assign w712 = pi039 & w685;
assign w713 = pi039 & w686;
assign w714 = pi039 & w687;
assign w715 = pi039 & w688;
assign w716 = ~w329 & ~w320;
assign w717 = ~w172 & ~w689;
assign w718 = ~pi064 & ~pi115;
assign w719 = pi128 & ~w697;
assign w720 = pi128 & ~w698;
assign w721 = ~pi064 & pi115;
assign w722 = w8 & ~pi136;
assign w723 = pi039 & pi038;
assign w724 = w176 & pi038;
assign w725 = w176 & ~w701;
assign w726 = ~w696 & pi040;
assign w727 = ~w702 & ~w172;
assign w728 = w703 & ~w192;
assign w729 = pi126 & w705;
assign w730 = pi126 & w704;
assign w731 = ~w702 & ~w223;
assign w732 = ~w674 & pi052;
assign w733 = pi114 & ~w176;
assign w734 = pi114 & ~w374;
assign w735 = ~w329 & w692;
assign w736 = ~w329 & w691;
assign w737 = w716 & w692;
assign w738 = w716 & w691;
assign w739 = ~w671 & pi056;
assign w740 = ~w673 & pi057;
assign w741 = w357 & w692;
assign w742 = w357 & w691;
assign w743 = pi054 & pi061;
assign w744 = w8 & pi136;
assign w745 = pi063 & pi128;
assign w746 = pi128 & pi000;
assign w747 = w18 & ~pi063;
assign w748 = ~pi128 & ~pi119;
assign w749 = w28 & pi147;
assign w750 = pi063 & ~pi003;
assign w751 = pi004 & pi128;
assign w752 = pi004 & pi006;
assign w753 = ~pi004 & pi046;
assign w754 = pi004 & pi007;
assign w755 = ~pi004 & pi047;
assign w756 = pi004 & pi008;
assign w757 = ~pi004 & pi048;
assign w758 = pi004 & pi009;
assign w759 = ~pi004 & pi049;
assign w760 = pi004 & pi010;
assign w761 = ~pi004 & pi043;
assign w762 = pi063 & pi011;
assign w763 = pi063 & pi012;
assign w764 = pi063 & pi013;
assign w765 = pi063 & pi014;
assign w766 = pi063 & pi015;
assign w767 = pi063 & pi016;
assign w768 = pi063 & pi017;
assign w769 = pi063 & pi018;
assign w770 = pi004 & pi019;
assign w771 = ~pi004 & pi050;
assign w772 = pi004 & pi020;
assign w773 = ~pi004 & pi051;
assign w774 = pi004 & pi021;
assign w775 = ~pi004 & pi045;
assign w776 = ~pi004 & pi022;
assign w777 = pi004 & pi050;
assign w778 = ~pi004 & pi023;
assign w779 = pi004 & pi051;
assign w780 = ~pi004 & pi024;
assign w781 = pi004 & pi045;
assign w782 = ~pi004 & pi025;
assign w783 = pi004 & pi046;
assign w784 = ~pi004 & pi026;
assign w785 = pi004 & pi047;
assign w786 = ~pi004 & pi027;
assign w787 = pi004 & pi048;
assign w788 = ~pi004 & pi028;
assign w789 = pi004 & pi049;
assign w790 = ~pi004 & pi029;
assign w791 = pi004 & pi043;
assign w792 = pi063 & pi030;
assign w793 = pi063 & pi031;
assign w794 = pi063 & pi032;
assign w795 = pi063 & pi033;
assign w796 = pi063 & pi034;
assign w797 = pi063 & pi035;
assign w798 = pi063 & pi036;
assign w799 = pi063 & pi037;
assign w800 = pi041 & ~pi038;
assign w801 = ~pi041 & pi127;
assign w802 = w696 & ~w163;
assign w803 = pi066 & w182;
assign w804 = w696 & w160;
assign w805 = ~w703 & w192;
assign w806 = pi123 & w705;
assign w807 = pi123 & w704;
assign w808 = w320 & w705;
assign w809 = w320 & w704;
assign w810 = pi058 & pi055;
assign w811 = pi128 & pi064;
assign w812 = ~w397 & ~w396;
assign w813 = pi066 & w28;
assign w814 = ~w8 & w413;
assign w815 = ~pi066 & w28;
assign w816 = ~w8 & w426;
assign w817 = ~w16 & ~w18;
assign w818 = ~w8 & w441;
assign w819 = ~w8 & w467;
assign w820 = ~w397 & pi072;
assign w821 = ~pi146 & pi128;
assign w822 = pi128 & pi075;
assign w823 = pi128 & ~w383;
assign w824 = pi076 & pi128;
assign w825 = ~pi077 & pi128;
assign w826 = ~pi083 & pi082;
assign w827 = ~w826 & pi078;
assign w828 = w826 & pi144;
assign w829 = pi083 & ~pi082;
assign w830 = ~w829 & pi079;
assign w831 = w829 & pi146;
assign w832 = ~w826 & pi080;
assign w833 = w826 & pi140;
assign w834 = ~w829 & pi081;
assign w835 = (~w699 & ~w700) | (~w699 & ~w171) | (~w700 & ~w171);
assign w836 = (w708 & w707) | (w708 & ~w157) | (w707 & ~w157);
assign one = 1;
assign po000 = pi071;// level 0
assign po001 = pi069;// level 0
assign po002 = pi068;// level 0
assign po003 = pi067;// level 0
assign po004 = pi074;// level 0
assign po005 = pi070;// level 0
assign po006 = pi065;// level 0
assign po007 = pi073;// level 0
assign po008 = pi130;// level 0
assign po009 = pi131;// level 0
assign po010 = pi038;// level 0
assign po011 = pi043;// level 0
assign po012 = one;// level 0
assign po013 = pi132;// level 0
assign po014 = ~w6;// level 4
assign po015 = w22;// level 6
assign po016 = w26;// level 4
assign po017 = w33;// level 4
assign po018 = pi133;// level 0
assign po019 = w37;// level 3
assign po020 = w40;// level 3
assign po021 = ~w43;// level 3
assign po022 = ~w46;// level 3
assign po023 = ~w49;// level 3
assign po024 = ~w52;// level 3
assign po025 = ~w55;// level 3
assign po026 = ~w60;// level 3
assign po027 = ~w64;// level 3
assign po028 = ~w68;// level 3
assign po029 = ~w72;// level 3
assign po030 = ~w76;// level 3
assign po031 = ~w80;// level 3
assign po032 = ~w84;// level 3
assign po033 = ~w88;// level 3
assign po034 = ~w91;// level 3
assign po035 = ~w94;// level 3
assign po036 = ~w97;// level 3
assign po037 = ~w100;// level 3
assign po038 = ~w103;// level 3
assign po039 = ~w106;// level 3
assign po040 = ~w109;// level 3
assign po041 = ~w112;// level 3
assign po042 = ~w115;// level 3
assign po043 = ~w118;// level 3
assign po044 = ~w121;// level 3
assign po045 = ~w125;// level 3
assign po046 = ~w128;// level 3
assign po047 = ~w131;// level 3
assign po048 = ~w134;// level 3
assign po049 = ~w137;// level 3
assign po050 = ~w140;// level 3
assign po051 = ~w143;// level 3
assign po052 = ~w146;// level 3
assign po053 = ~w180;// level 8
assign po054 = w186;// level 6
assign po055 = w190;// level 7
assign po056 = w196;// level 7
assign po057 = ~w205;// level 8
assign po058 = w222;// level 8
assign po059 = w226;// level 7
assign po060 = w239;// level 8
assign po061 = w252;// level 8
assign po062 = w265;// level 8
assign po063 = w278;// level 8
assign po064 = w291;// level 8
assign po065 = w304;// level 8
assign po066 = w316;// level 8
assign po067 = ~w322;// level 7
assign po068 = ~w326;// level 7
assign po069 = ~w335;// level 8
assign po070 = w340;// level 7
assign po071 = ~w346;// level 8
assign po072 = ~w350;// level 7
assign po073 = w355;// level 7
assign po074 = w360;// level 7
assign po075 = w364;// level 7
assign po076 = ~w369;// level 8
assign po077 = w372;// level 7
assign po078 = w373;// level 6
assign po079 = w375;// level 5
assign po080 = ~w395;// level 6
assign po081 = w401;// level 6
assign po082 = ~w415;// level 6
assign po083 = ~w428;// level 6
assign po084 = ~w443;// level 6
assign po085 = ~w455;// level 6
assign po086 = ~w469;// level 6
assign po087 = w472;// level 6
assign po088 = ~w486;// level 6
assign po089 = ~w498;// level 6
assign po090 = w501;// level 5
assign po091 = w505;// level 3
assign po092 = w508;// level 5
assign po093 = ~w513;// level 5
assign po094 = ~w518;// level 5
assign po095 = ~w521;// level 5
assign po096 = ~w524;// level 6
assign po097 = w528;// level 7
assign po098 = w531;// level 6
assign po099 = ~w534;// level 6
assign po100 = ~w537;// level 6
assign po101 = ~w540;// level 6
assign po102 = ~w543;// level 6
assign po103 = ~w546;// level 6
assign po104 = ~w549;// level 6
assign po105 = ~w552;// level 6
assign po106 = ~w555;// level 6
assign po107 = ~w558;// level 6
assign po108 = ~w561;// level 6
assign po109 = ~w564;// level 6
assign po110 = ~w567;// level 6
assign po111 = ~w571;// level 7
assign po112 = ~w574;// level 7
assign po113 = ~w577;// level 7
assign po114 = ~w580;// level 7
assign po115 = ~w583;// level 7
assign po116 = ~w586;// level 7
assign po117 = ~w589;// level 7
assign po118 = ~w592;// level 7
assign po119 = ~w595;// level 7
assign po120 = ~w598;// level 7
assign po121 = ~w601;// level 7
assign po122 = ~w604;// level 7
assign po123 = ~w607;// level 7
assign po124 = ~w610;// level 7
assign po125 = ~w613;// level 7
assign po126 = ~w616;// level 7
assign po127 = ~w620;// level 5
assign po128 = w183;// level 4
assign po129 = ~w623;// level 5
assign po130 = ~w626;// level 5
assign po131 = ~w629;// level 5
assign po132 = ~w632;// level 5
assign po133 = ~w635;// level 5
assign po134 = ~w638;// level 5
assign po135 = ~w641;// level 5
assign po136 = ~w645;// level 5
assign po137 = ~w648;// level 5
assign po138 = ~w651;// level 5
assign po139 = ~w654;// level 5
assign po140 = ~w655;// level 4
assign po141 = ~w658;// level 5
assign po142 = ~w661;// level 5
assign po143 = ~w664;// level 5
assign po144 = w667;// level 3
assign po145 = w668;// level 2
assign po146 = w669;// level 1
endmodule